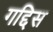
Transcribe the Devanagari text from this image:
गद्दिस